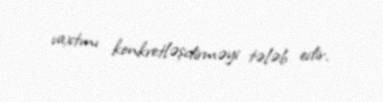
vaxtını konkretləşdirməyi tələb edir.